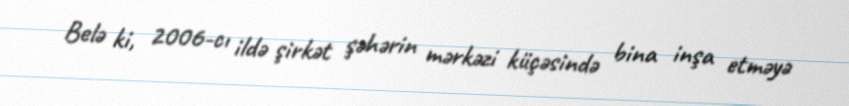
Belə ki, 2006-cı ildə şirkət şəhərin mərkəzi küçəsində bina inşa etməyə